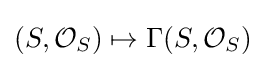
(S,{\mathcal {O}}_{S})\mapsto \Gamma (S,{\mathcal {O}}_{S})